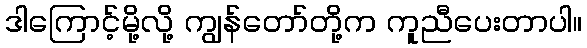
ဒါကြောင့်မို့လို့ ကျွန်တော်တို့က ကူညီပေးတာပါ။